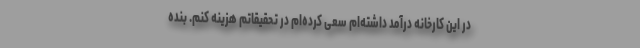
در این کارخانه درآمد داشته‌ام سعی کرده‌ام در تحقیقاتم هزینه کنم. بنده